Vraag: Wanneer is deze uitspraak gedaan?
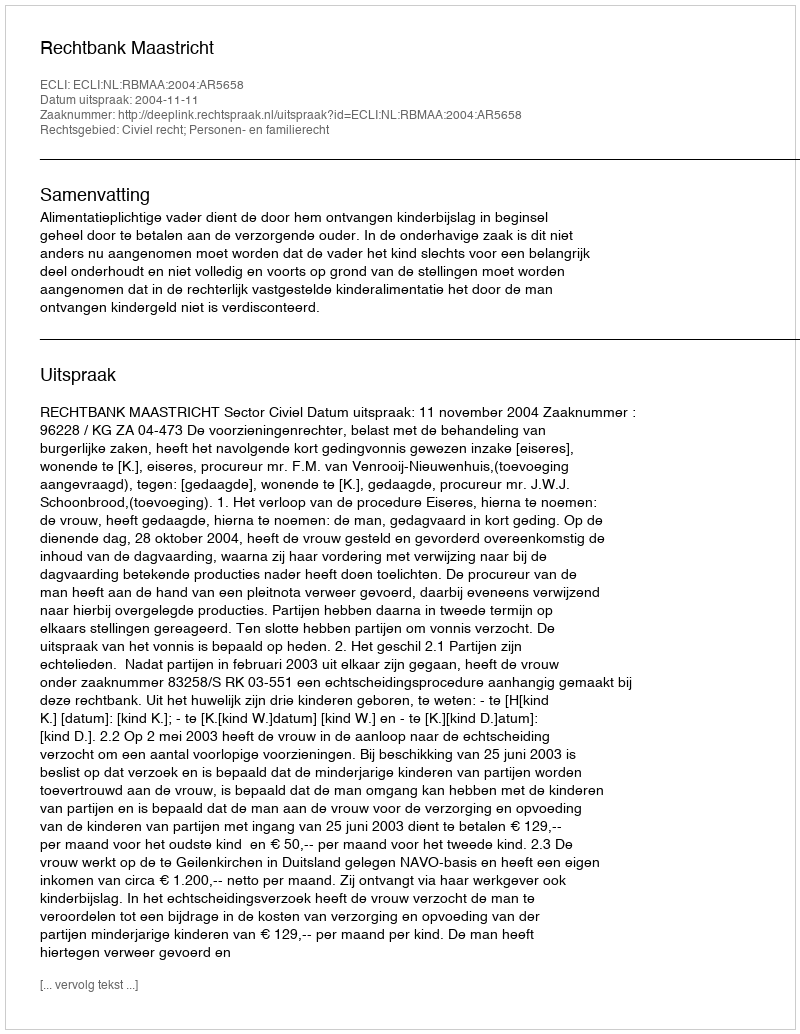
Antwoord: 2004-11-11